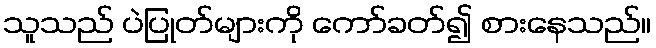
သူသည် ပဲပြုတ်များကို ကော်ခတ်၍ စားနေသည်။